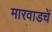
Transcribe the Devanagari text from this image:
मारवाडचें